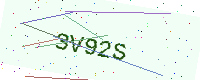
Text: 3V92S